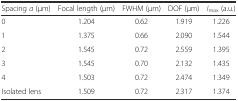
<table><thead><tr><td><b>Spacing <i>a</i> (μm)</b></td><td><b>Focal length (μm)</b></td><td><b>FWHM (μm)</b></td><td><b>DOF (μm)</b></td><td><b><i>I</i><sub>max</sub> (a.u.)</b></td></tr></thead><tbody><tr><td>0</td><td>1.204</td><td>0.62</td><td>1.919</td><td>1.226</td></tr><tr><td>1</td><td>1.375</td><td>0.66</td><td>2.090</td><td>1.544</td></tr><tr><td>2</td><td>1.545</td><td>0.72</td><td>2.559</td><td>1.395</td></tr><tr><td>3</td><td>1.545</td><td>0.70</td><td>2.132</td><td>1.435</td></tr><tr><td>4</td><td>1.503</td><td>0.72</td><td>2.474</td><td>1.349</td></tr><tr><td>Isolated lens</td><td>1.509</td><td>0.72</td><td>2.317</td><td>1.374</td></tr></tbody></table>